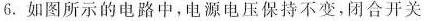
6.如图所示的电路中，电源电压保持不变，闭合开关